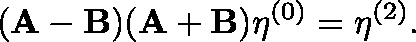
( \mathbf { A } - \mathbf { B } ) ( \mathbf { A } + \mathbf { B } ) \mathbf { \eta } ^ { ( 0 ) } = \mathbf { \eta } ^ { ( 2 ) } .